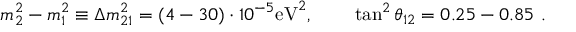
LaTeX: m _ { 2 } ^ { 2 } - m _ { 1 } ^ { 2 } \equiv \Delta m _ { 2 1 } ^ { 2 } = ( 4 - 3 0 ) \cdot 1 0 ^ { - 5 } \mathrm { e V } ^ { 2 } , ~ ~ ~ ~ ~ ~ \tan ^ { 2 } \theta _ { 1 2 } = 0 . 2 5 - 0 . 8 5 ~ .